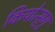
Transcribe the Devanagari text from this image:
कियोत्सुगु